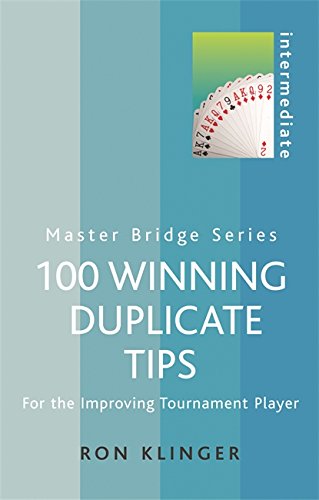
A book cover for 100 Winning Duplicate Tips: For the Improving Tournament Player (Master Bridge Series); Ron Klinger; Humor & Entertainment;